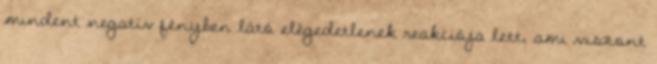
mindent negatív fényben látó elégedetlenek reakciója lett, ami viszont